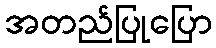
အတည်ပြုပြော